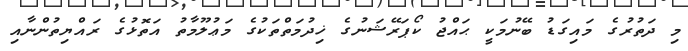
މި ދަތުރުގެ މައިގަޑު ބޭނުމަކީ ޙައްޖު ކޯޕަރޭޝަނުގެ ޚިދުމަތްތަކުގެ މަޢުލޫމާތު އަތޮޅުގެ ރައްޔިތުންނާއި